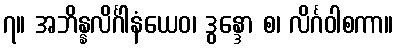
၇။ အဘိန္နလိင်္ဂါနံယေဝ၊ ဒွန္ဒော စ၊ လိင်္ဂဝါစကာ။